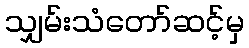
သျှမ်းသံတော်ဆင့်မှ